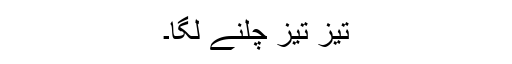
تیز تیز چلنے لگا۔